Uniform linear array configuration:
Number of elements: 48
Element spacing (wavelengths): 0.75
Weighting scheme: kaiser
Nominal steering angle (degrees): -60
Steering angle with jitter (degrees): -58.847
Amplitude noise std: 0.05
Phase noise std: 0.05

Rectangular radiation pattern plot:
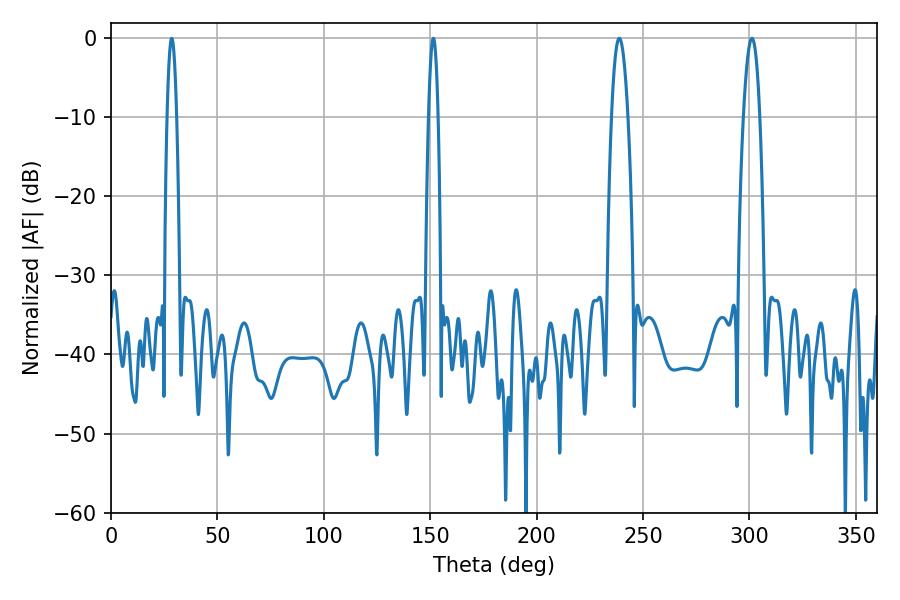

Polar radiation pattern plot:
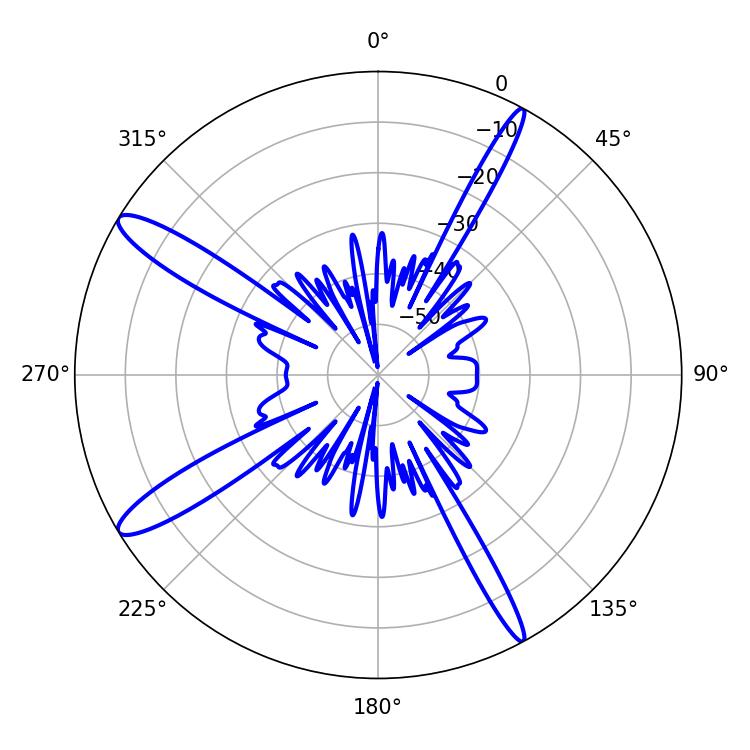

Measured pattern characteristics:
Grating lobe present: TRUE
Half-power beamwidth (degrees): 4.32
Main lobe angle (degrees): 238.86